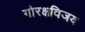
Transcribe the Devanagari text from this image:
गोरक्षविजय